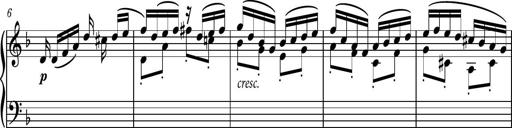
Title: Piano Sonatina No.1
Composer: Dimitri Sykias
Key: D minor